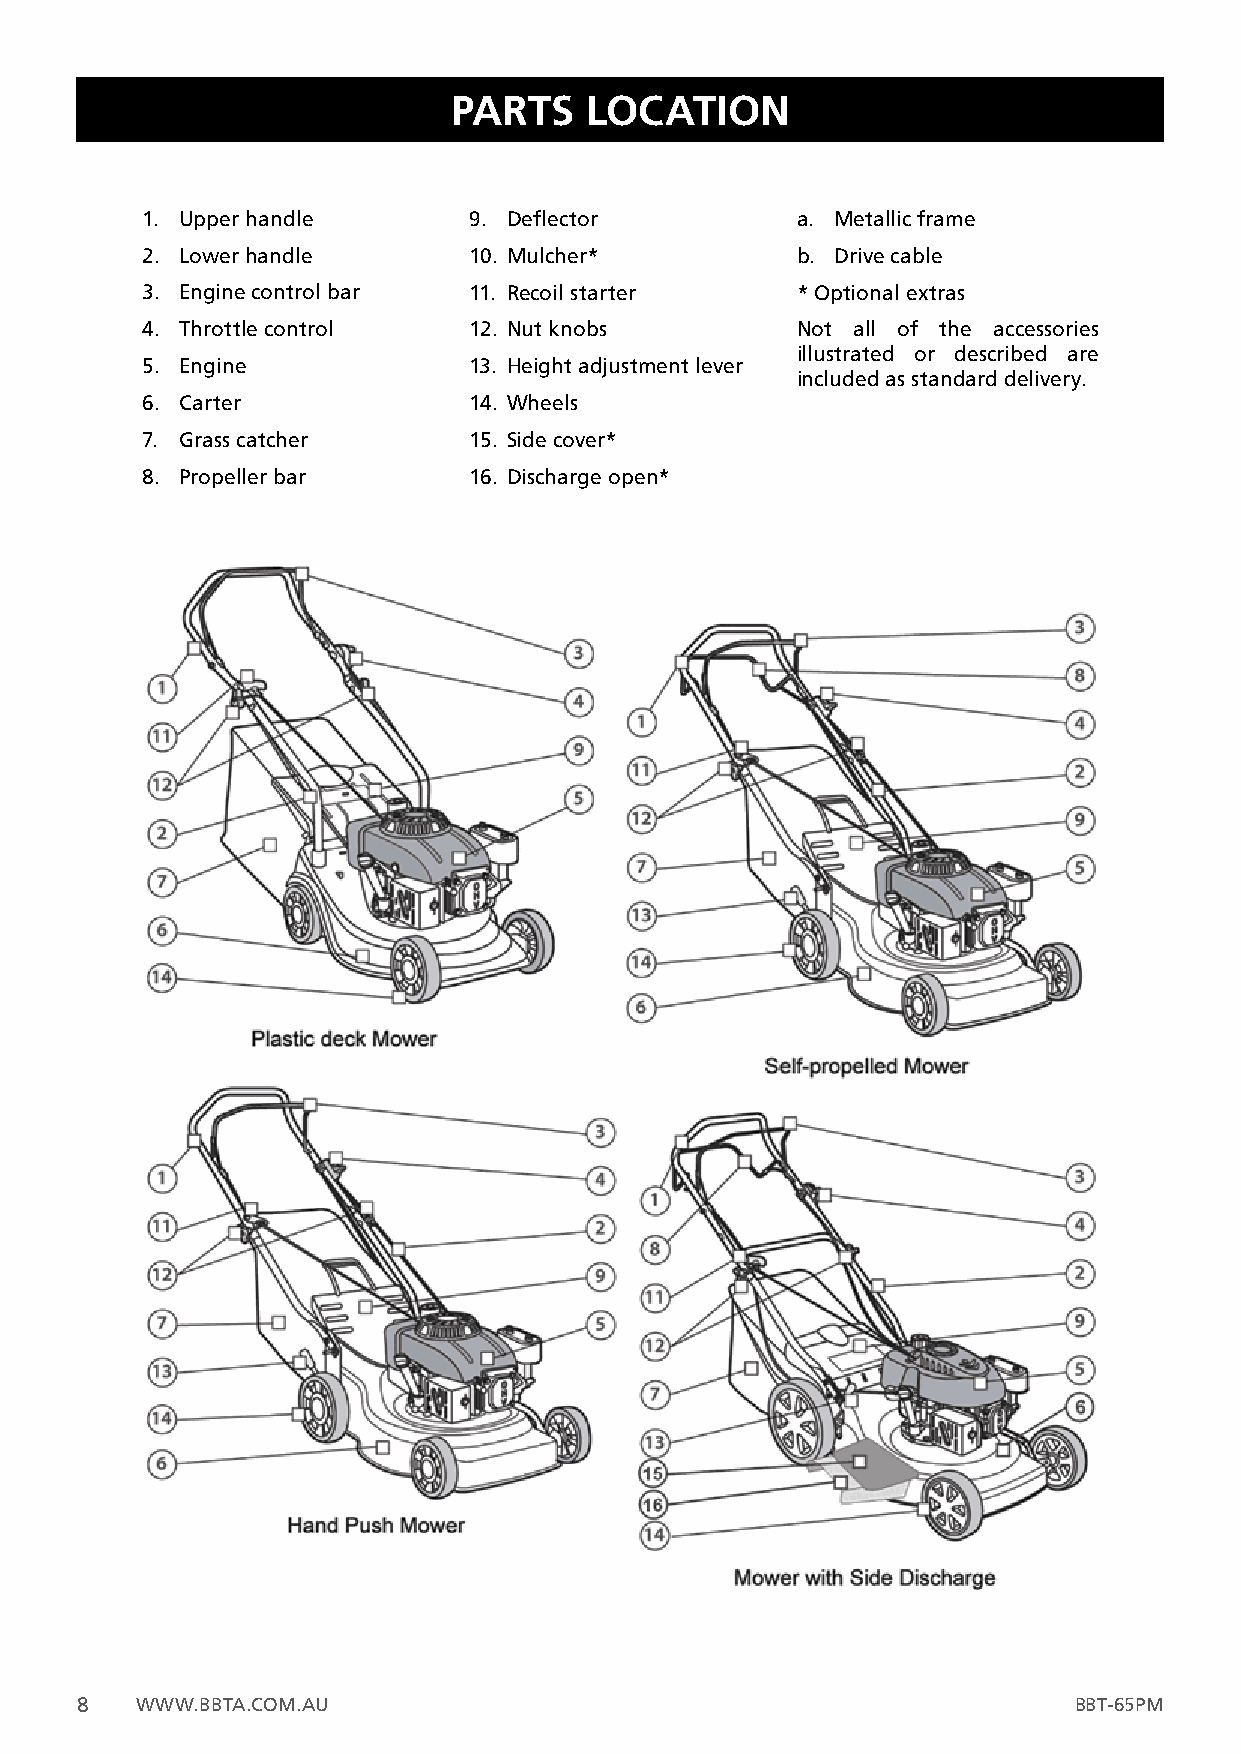
PARTS    LOCATION
 1. Upper handle       9. Deflector          a. Metallic frame
 2. Lower handle       10. Mulcher*          b. Drive cable
 3. Engine control bar 11. Recoil starter    * Optional extras
 4. Throttle control   12. Nut knobs         Not all of the accessories
 illustrated or described are
 5. Engine             13. Height adjustment lever
 included as standard delivery.
 6. Carter             14. Wheels
 7. Grass catcher      15. Side cover*
 8. Propeller bar      16. Discharge open*
 8   WWW.BBTA.COM.AU                                               BBT-65PM